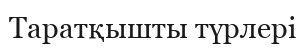
Таратқышты түрлері